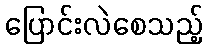
ပြောင်းလဲစေသည့်